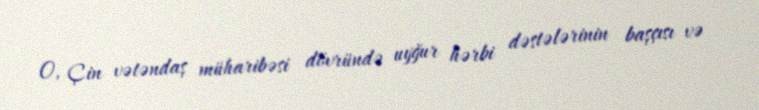
O, Çin vətəndaş müharibəsi dövründə uyğur hərbi dəstələrinin başçısı və